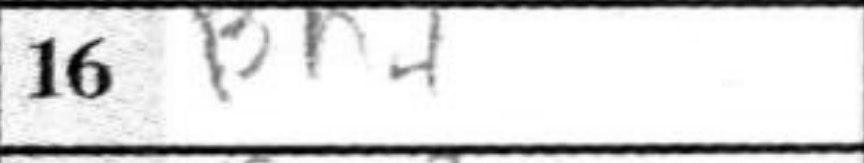
Transcription: Bh4